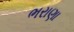
ભરાણા